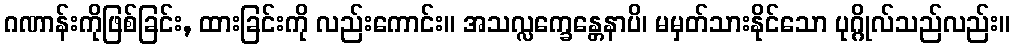
ဂဏာန်းကိုဖြစ်ခြင်း, ထားခြင်းကို လည်းကောင်း။ အသလ္လက္ခေန္တေနာပိ၊ မမှတ်သားနိုင်သော ပုဂ္ဂိုလ်သည်လည်း။